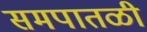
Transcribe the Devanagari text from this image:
समपातळी